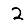
Digit: 2